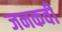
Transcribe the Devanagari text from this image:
जनकवी